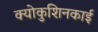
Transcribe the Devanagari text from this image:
क्योकुशिनकाई